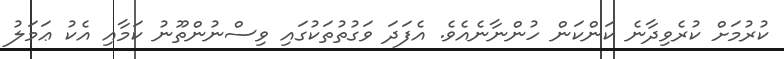
ކުރުމަށް ކުރެވިދާނެ ކަންކަން ހުންނާނެއެވެ. އެފަދަ ވަގުތުތަކުގައި ވިސްނުންތޫނު ކަމާއި އެކު ޢަމަލު